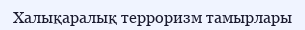
Халықаралық терроризм тамырлары